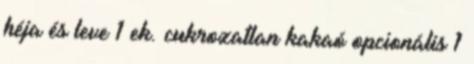
héja és leve 1 ek. cukrozatlan kakaó opcionális 1